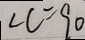
\angle C = 9 0